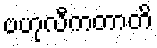
ဗဟုလီကတာတိ